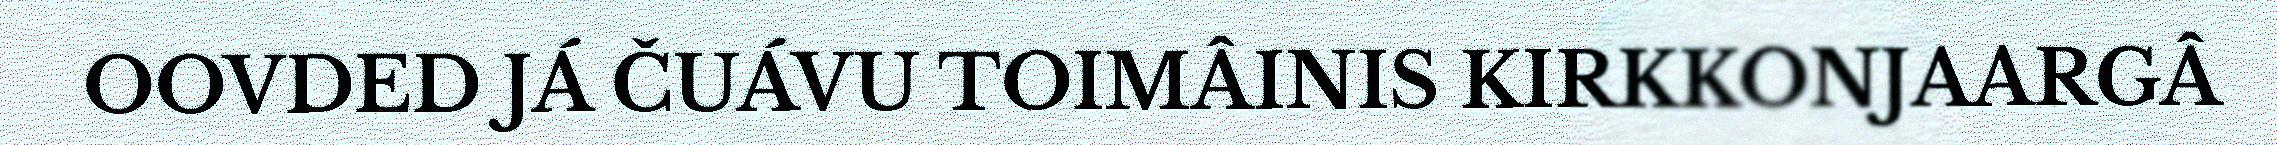
OOVDED JÁ ČUÁVU TOIMÂINIS KIRKKONJAARGÂ